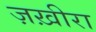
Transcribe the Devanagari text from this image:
ज़ख़ीरा